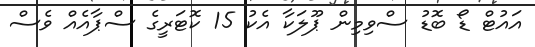
އައުޓް ޑޯ ބޮޑު ސްވިމިން ޕޫލަކާ އެކު 15 ކޮޓަރީގެ ސްޕާއެއް ވެސް